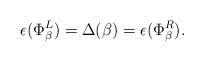
LaTeX: \begin{align*} \epsilon(\Phi_\beta^L)=\Delta(\beta)=\epsilon(\Phi_\beta^R). \end{align*}